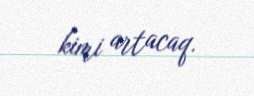
kimi artacaq.